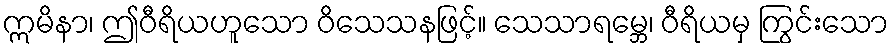
ဣမိနာ၊ ဤဝီရိယဟူသော ဝိသေသနဖြင့်။ သေသာရမ္ဘေ၊ ဝီရိယမှ ကြွင်းသော